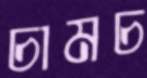
চামচ